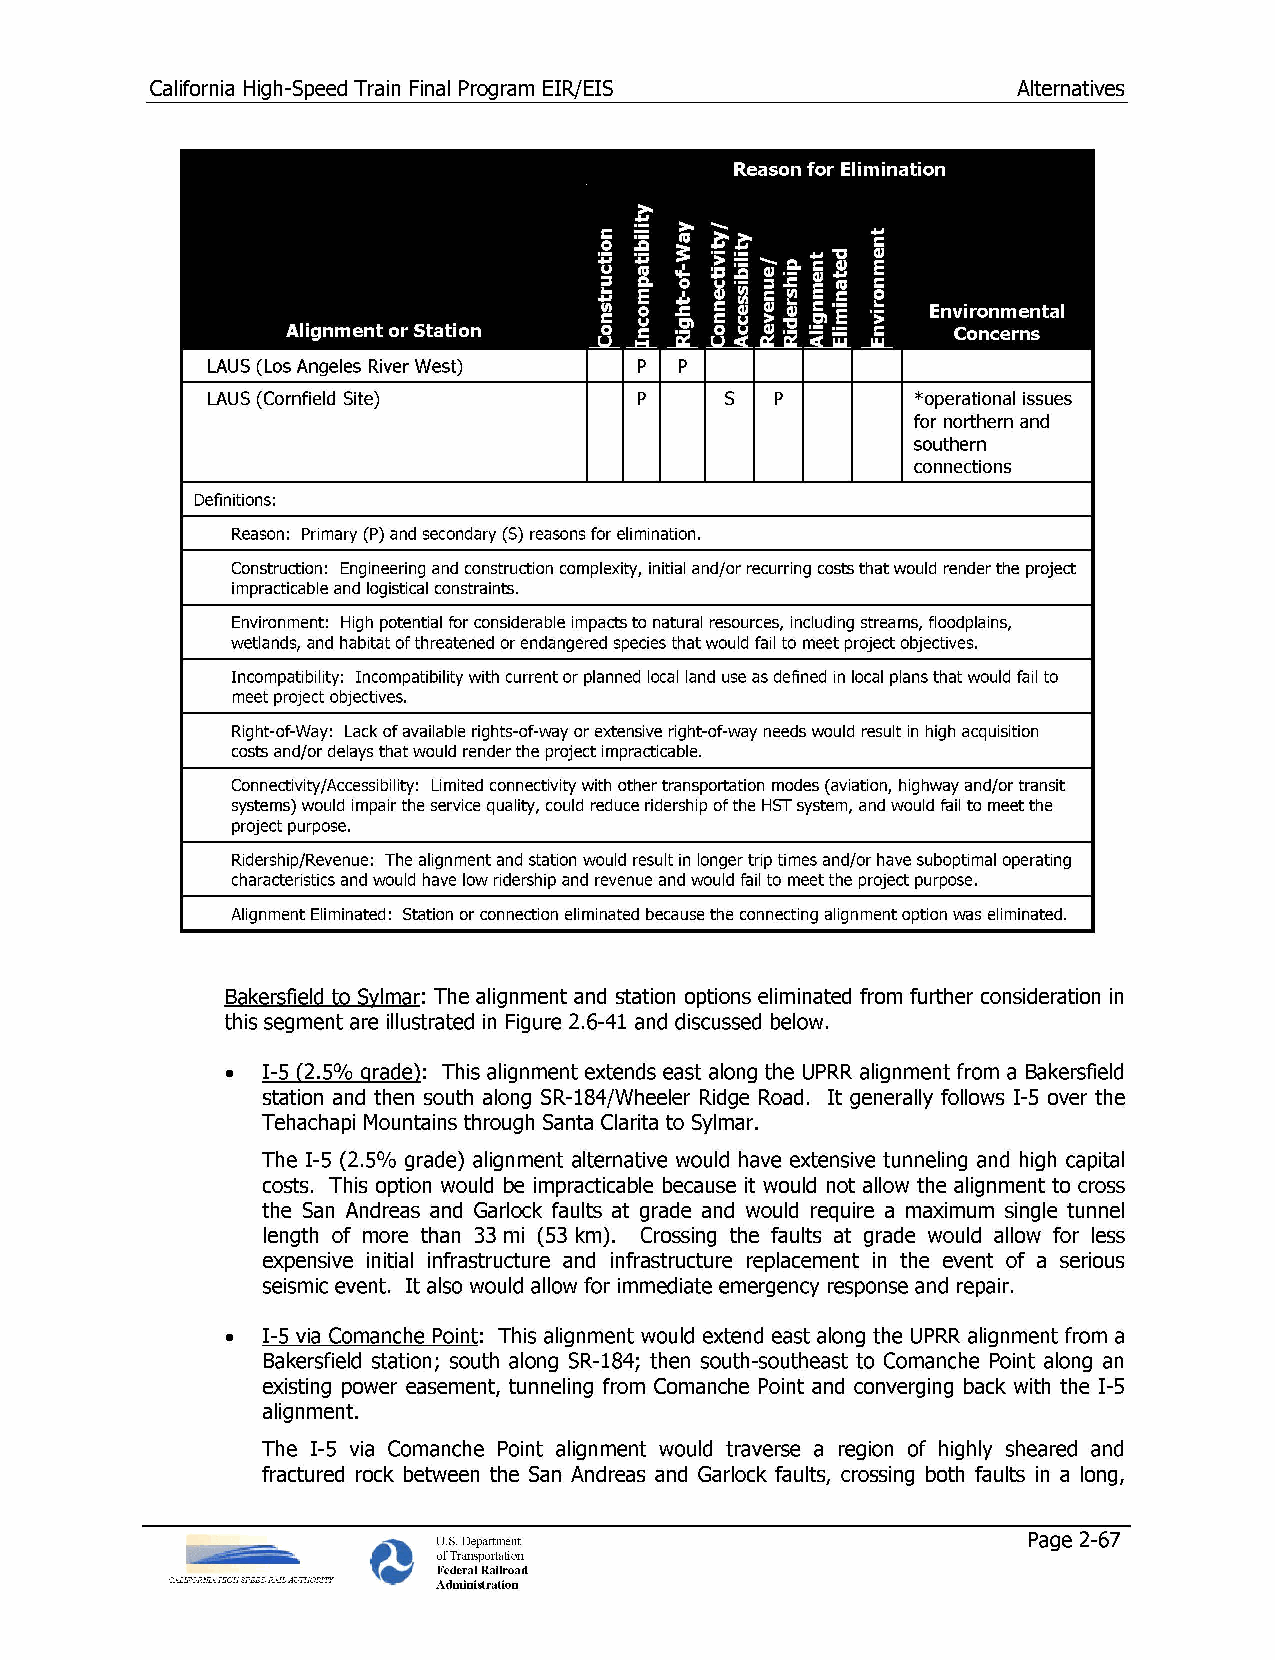
California High-Speed Train Final Program EIR/EIS        Alternatives
 LAUS (Los Angeles River West) p p
 LAUS (Cornfield Site)       p     s  p         *operational issues
 for northern and
 southern
 connections
 Definitions:
 Reason: Primary (P) and secondary (S) reasons for elimination.
 Construction: Engineering and construction complexity, initial and/or recurring costs that would render the project
 impracticable and logistical constraints.
 Environment: High potential for considerable impacts to natural resources, including streams, floodplains,
 wetlands, and habitat of threatened or endangered species that would fail to meet project objectives.
 Incompatibility: Incompatibility with current or planned local land use as defined in local plans that would fail to
 meet project objectives.
 Right-of-Way: Lack of available rights-of-way or extensive right-of-way needs would result in high acquisition
 costs and/or delays that would render the project impracticable.
 Connectivity/Accessibility: Limited connectivity with other transportation modes (aviation, highway and/or transit
 systems) would impair the service quality, could reduce ridership of the HST system, and would fail to meet the
 project purpose.
 Ridership/Revenue: The alignment and station would result in longer trip times and/or have suboptimal operating
 characteristics and would have low ridership and revenue and would fail to meet the project purpose.
 Alignment Eliminated: Station or connection eliminated because the connecting alignment option was eliminated.
 Bakersfield to Sylmar: The alignment and station options eliminated from further consideration in
 this segment are illustrated in Figure 2.6-41 and discussed below.
 • 1-5 (2.5% grade): This alignment extends east along the UPRR alignment from a Bakersfield
 station and then south along SR-184/Wheeler Ridge Road. It generally follows 1-5 over the
 Tehachapi Mountains through Santa Clarita to Sylmar.
 The 1-5 (2.5% grade) alignment alternative would have extensive tunneling and high capital
 costs. This option would be impracticable because it would not allow the alignment to cross
 the San Andreas and Garlock faults at grade and would require a maximum single tunnel
 length of more than 33 mi (53 km). Crossing the faults at grade would allow for less
 expensive initial infrastructure and infrastructure replacement in the event of a serious
 seismic event. It also would allow for immediate emergency response and repair.
 • 1-5 via Comanche Point: This alignment would extend east along the UPRR alignment from a
 Bakersfield station; south along SR-184; then south-southeast to Comanche Point along an
 existing power easement, tunneling from Comanche Point and converging back with the 1-5
 alignment.
 The 1-5 via Comanche Point alignment would traverse a region of highly sheared and
 fractured rock between the San Andreas and Garlock faults, crossing both faults in a long,
 U.S. Department                        Page 2-67
 of Transportation
 Federal Railroad
 Administration